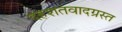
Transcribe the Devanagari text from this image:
दहशतवादग्रस्त